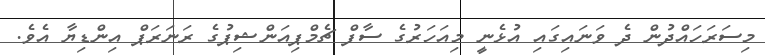
މިސަރަހައްދުން ދެ ވަނައިގައި އުޅެނީ މިއަހަރުގެ ސާފް ޗެމްޕިއަންޝިޕުގެ ރަނަރަޕް އިންޑިޔާ އެވެ.